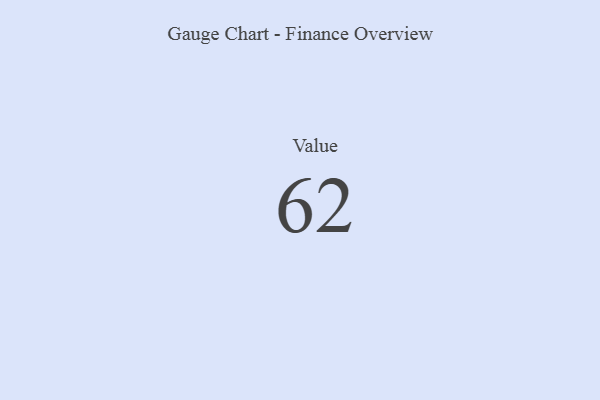
{"axis": {"x": "Metric", "y": "Value"}, "legend": [""], "data": [{"x": "Value", "y": 62, "type": ""}]}